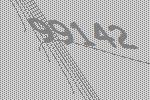
99142